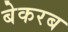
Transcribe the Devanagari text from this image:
बेकरब